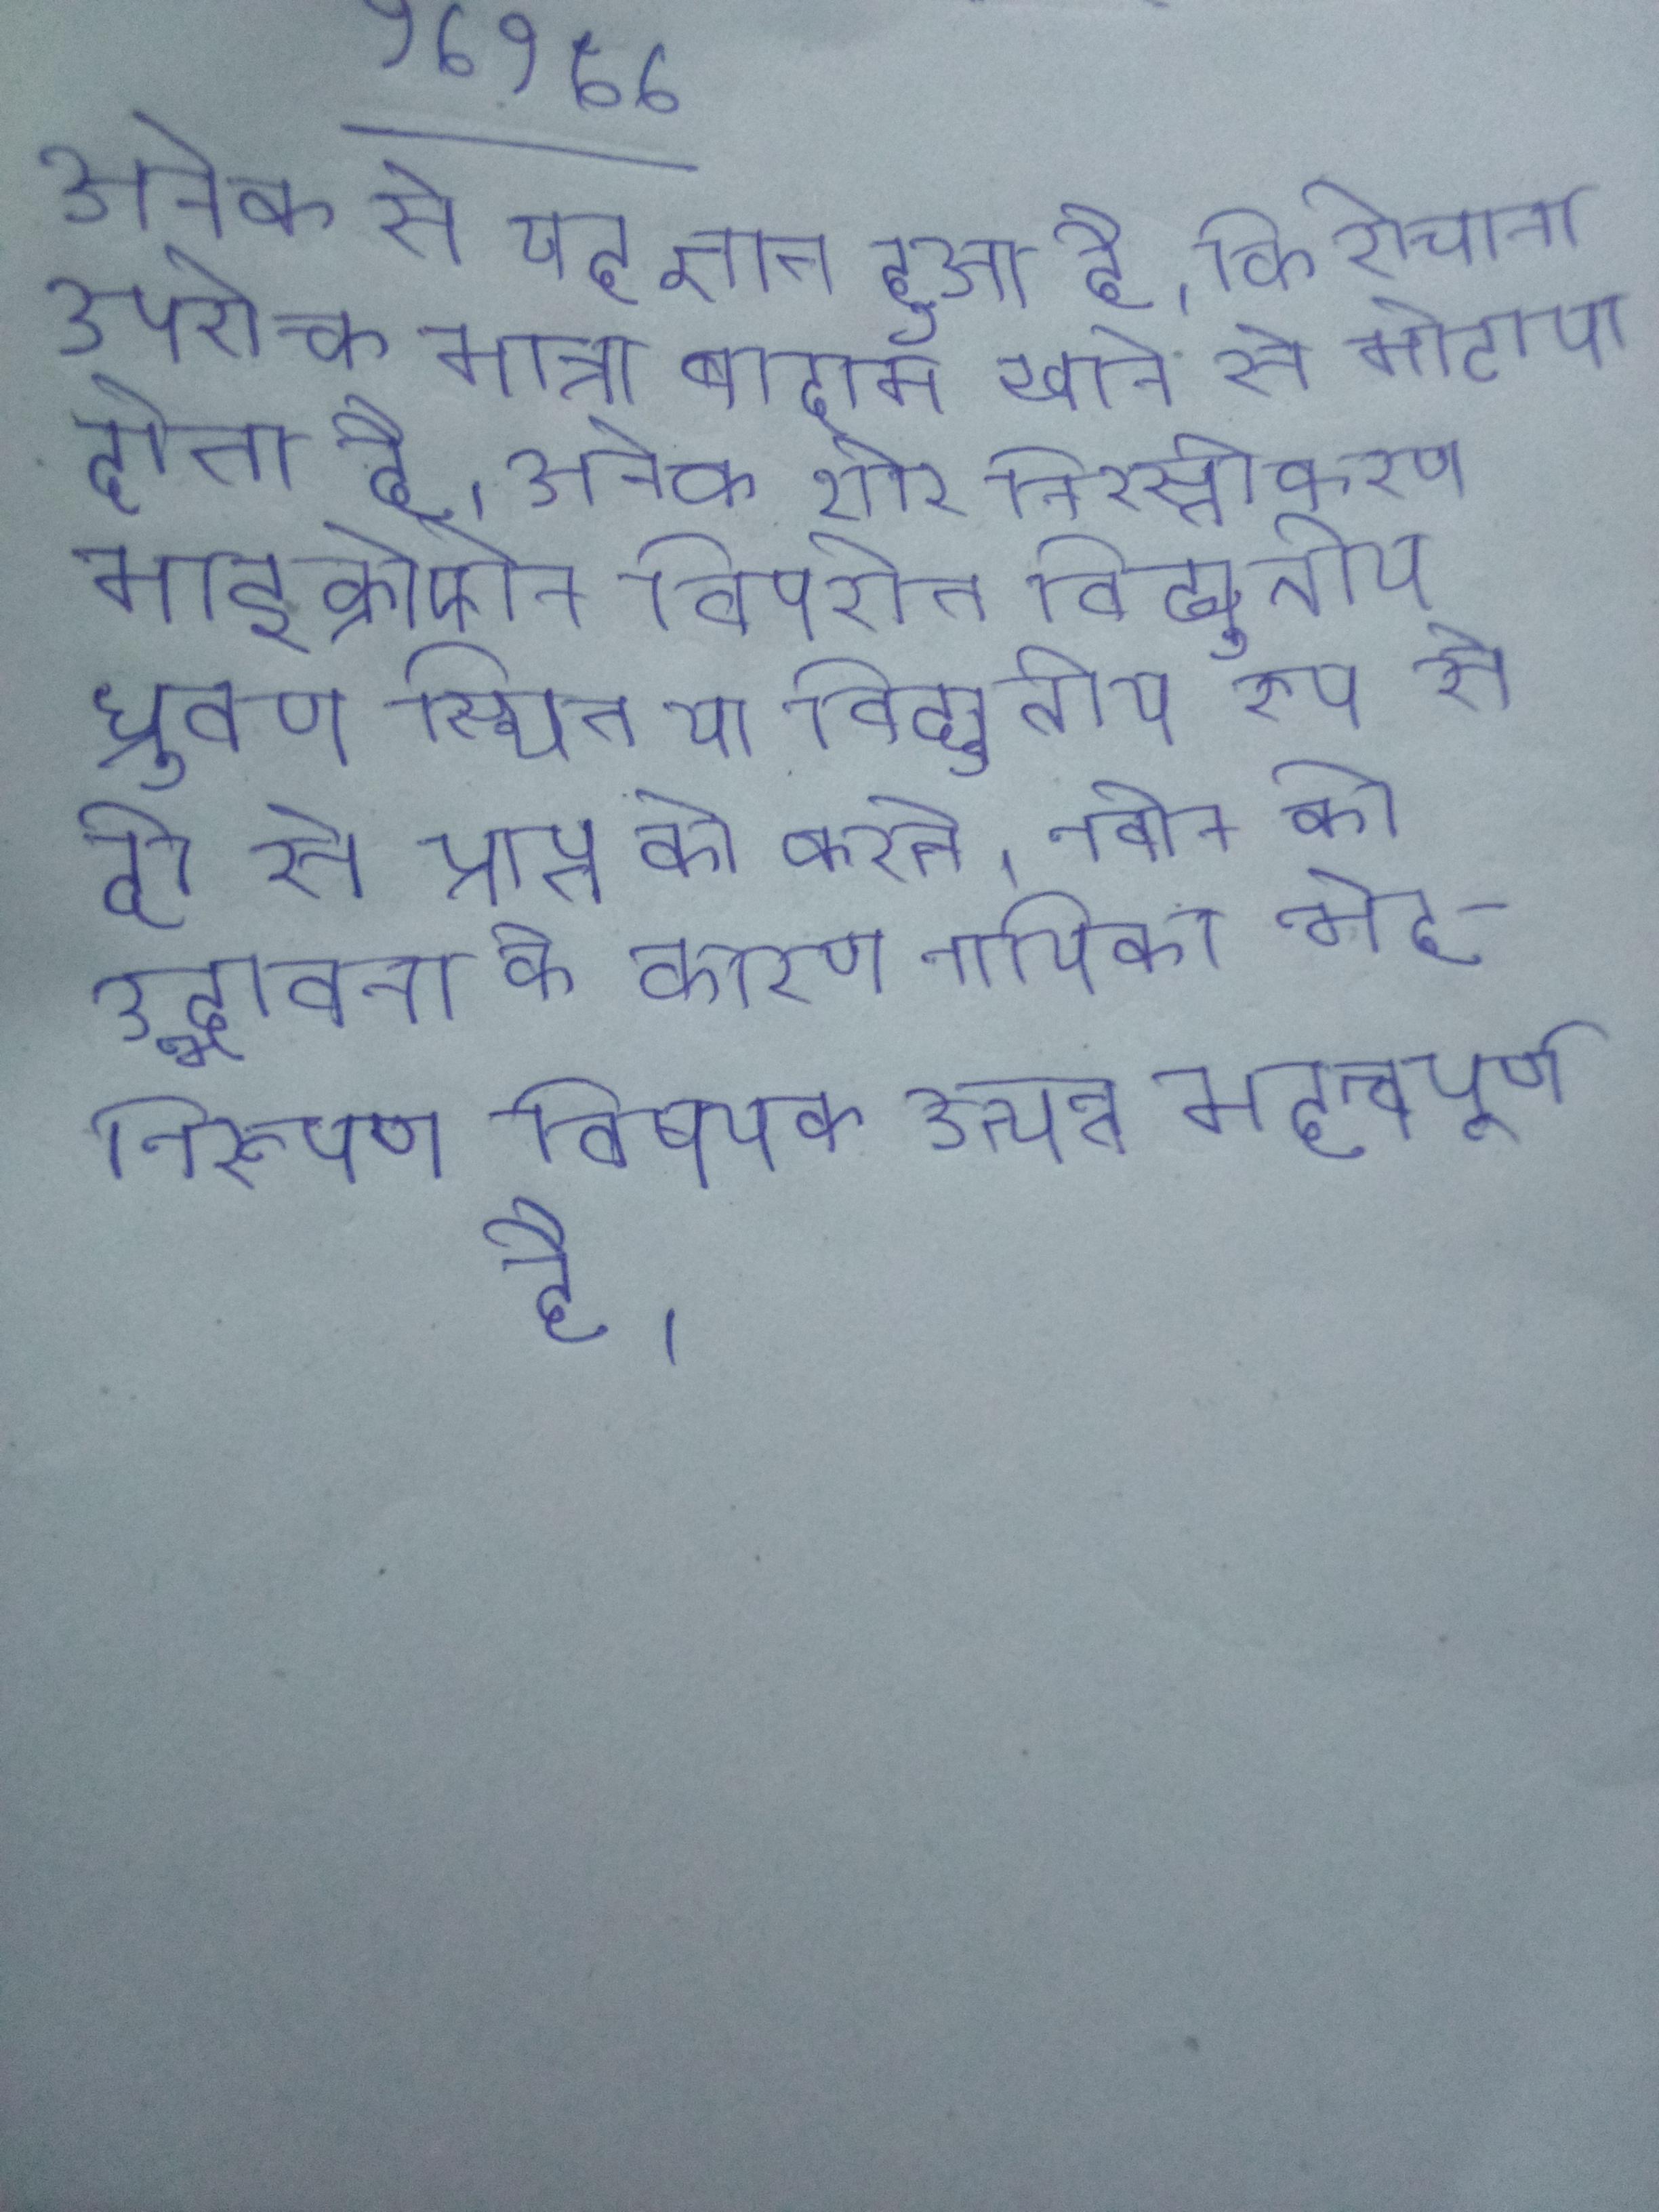
अनेक से यह ज्ञात हुआ है, कि रोजाना उपरोक्त मात्रा बादाम खाने से मोटापा होता है । अनेक शोर निरस्तीकरण माइक्रोफोन विपरीत विद्युतीय ध्रुवण स्थित या विद्युतीय रूप से दो से प्राप्त को करते । नवीन की उद्भावना के कारण नायिका भेद-निरूपण विषयक अत्यन्त महत्वपूर्ण है ।